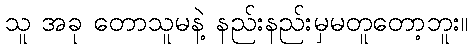
သူ အခု တောသူမနဲ့ နည်းနည်းမှမတူတော့ဘူး။